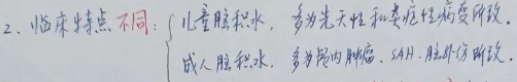
2. 临床特点不同：$\begin{cases}\text{儿童脑积水，多为先天性和炎症性病变所致。}\\\text{成人脑积水，多为颅内肿瘤、SAH、脑外伤所致。}\end{cases}$